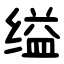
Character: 缢